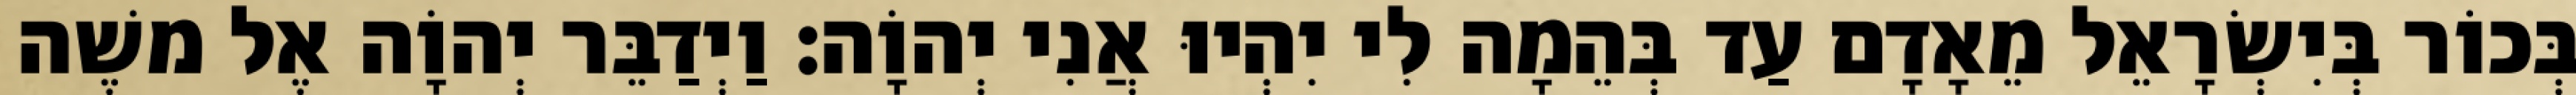
בְּכוֹר בְּיִשְׂרָאֵל מֵאָדָם עַד בְּהֵמָה לִי יִהְיוּ אֲנִי יְהוָֹה׃ וַיְדַבֵּר יְהוָֹה אֶל משֶׁה